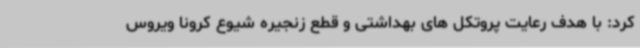
کرد: با هدف رعایت پروتکل های بهداشتی و قطع زنجیره شیوع کرونا ویروس